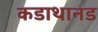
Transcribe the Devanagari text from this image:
कडाथानड